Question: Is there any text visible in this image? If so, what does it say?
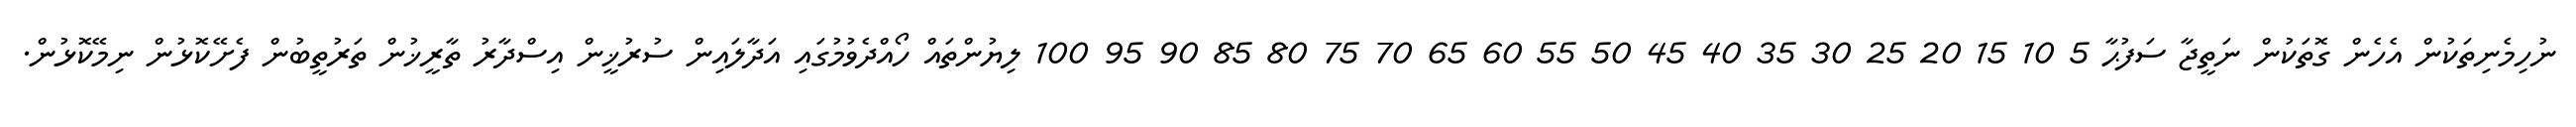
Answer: ނުހިމެނިތަކުން އެހެން ގޮތަކުން ނަތީޖާ ސަފުޙާ 5 10 15 20 25 30 35 40 45 50 55 60 65 70 75 80 85 90 95 100 ލިޔުންތައް ހޯއްދެވުމުގައި އަދާލައިން ސުރުޚީން އިސްދާރު ތާރީޚުން ތަރުތީބުން ފެށޭކޮޅުން ނިމޭކޮޅުން.